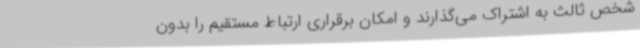
شخص ثالث به اشتراک می‌گذارند و امکان برقراری ارتباط مستقیم را بدون